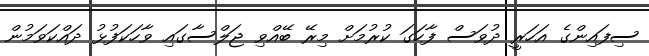
ސިފައިންގެ އަހަރީ ދުވަސް ފާހަގަ ކުރުމަށް މިރޭ ބޭއްވި ޖަލްސާގައި ވާހަކަފުޅު ދައްކަވަމުން